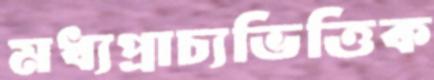
মধ্যপ্রাচ্যভিত্তিক